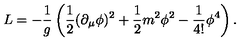
L = - \frac { 1 } { g } \left( \frac { 1 } { 2 } ( \partial _ { \mu } \phi ) ^ { 2 } + \frac 1 2 m ^ { 2 } \phi ^ { 2 } - \frac { 1 } { 4 ! } \phi ^ { 4 } \right) .